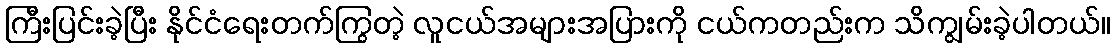
ကြီးပြင်းခဲ့ပြီး နိုင်ငံရေးတက်ကြွတဲ့ လူငယ်အများအပြားကို ငယ်ကတည်းက သိကျွမ်းခဲ့ပါတယ်။